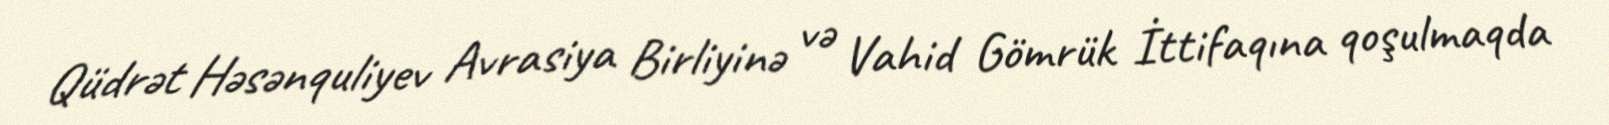
Qüdrət Həsənquliyev Avrasiya Birliyinə və Vahid Gömrük İttifaqına qoşulmaqda